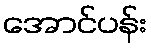
အောင်ပန်း